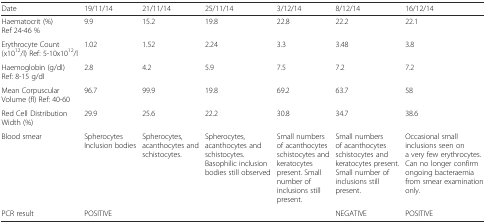
<table><thead><tr><td><b>Date</b></td><td><b>19/11/14</b></td><td><b>21/11/14</b></td><td><b>25/11/14</b></td><td><b>3/12/14</b></td><td><b>8/12/14</b></td><td><b>16/12/14</b></td></tr></thead><tbody><tr><td>Haematocrit (%) Ref 24-46 %</td><td>9.9</td><td>15.2</td><td>19.8</td><td>22.8</td><td>22.2</td><td>22.1</td></tr><tr><td>Erythrocyte Count (x10<sup>12</sup>/l) Ref: 5-10x10<sup>12</sup>/l</td><td>1.02</td><td>1.52</td><td>2.24</td><td>3.3</td><td>3.48</td><td>3.8</td></tr><tr><td>Haemoglobin (g/dl) Ref: 8-15 g/dl</td><td>2.8</td><td>4.2</td><td>5.9</td><td>7.5</td><td>7.2</td><td>7.2</td></tr><tr><td>Mean Corpuscular Volume (fl) Ref: 40-60</td><td>96.7</td><td>99.9</td><td>19.8</td><td>69.2</td><td>63.7</td><td>58</td></tr><tr><td>Red Cell Distribution Width (%)</td><td>29.9</td><td>25.6</td><td>22.2</td><td>30.8</td><td>34.7</td><td>38.6</td></tr><tr><td>Blood smear</td><td>SpherocytesInclusion bodies</td><td>Spherocytes, acanthocytes and schistocytes.</td><td>Spherocytes, acanthocytes and schistocytes. Basophilic inclusion bodies still observed</td><td>Small numbers of acanthocytes schistocytes and keratocytes present. Small number of inclusions still present.</td><td>Small numbers of acanthocytes schistocytes and keratocytes present. Small number of inclusions still present.</td><td>Occasional small inclusions seen on a very few erythrocytes. Can no longer confirm ongoing bacteraemia from smear examination only.</td></tr><tr><td>PCR result</td><td>POSITIVE</td><td></td><td></td><td></td><td>NEGATIVE</td><td>POSITIVE</td></tr></tbody></table>